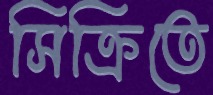
সিক্রিতে